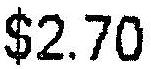
$2.70